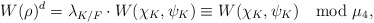
\begin{align*} W(\rho)^d=\lambda_{K/F}\cdot W(\chi_K,\psi_K)\equiv W(\chi_K,\psi_K)\mod{\mu_4},\end{align*}